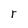
Character: r